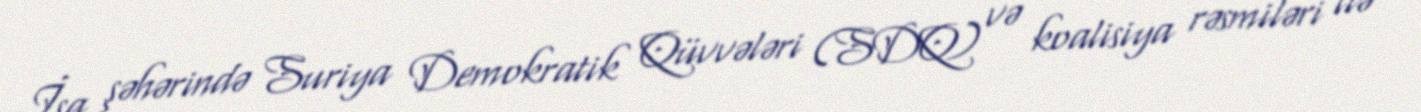
İsa şəhərində Suriya Demokratik Qüvvələri (SDQ) və koalisiya rəsmiləri ilə